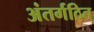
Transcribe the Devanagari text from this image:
अंतर्गठित